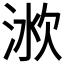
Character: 𣶛